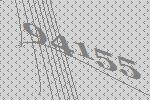
94155